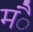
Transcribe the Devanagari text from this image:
मंै